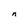
Character: n